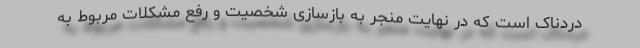
دردناک است که در نهایت منجر به بازسازی شخصیت و رفع مشکلات مربوط به